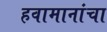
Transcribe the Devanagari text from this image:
हवामानांचा